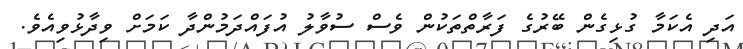
އަދި އެކަމާ ގުޅިގެން ބޭރުގެ ފަރާތްތަކުން ވެސް ސުވާލު އުފައްދަމުންދާ ކަމަށް ވިދާޅުވިއެވެ.